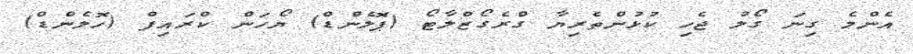
އެންމެ ގިނަ ގޯލު ޖެހި ކުޅުންތެރިޔާ ގްރެގޯޒްލާޓޯ (ޕޮލެންޑް) ޔޯހަން ކްރައިފް (ހޮލެންޑް)